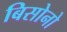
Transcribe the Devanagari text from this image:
बिसोनो